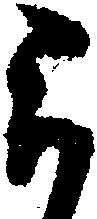
被